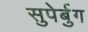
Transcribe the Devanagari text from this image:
सुपेर्बुग